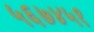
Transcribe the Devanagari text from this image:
५६७४५१